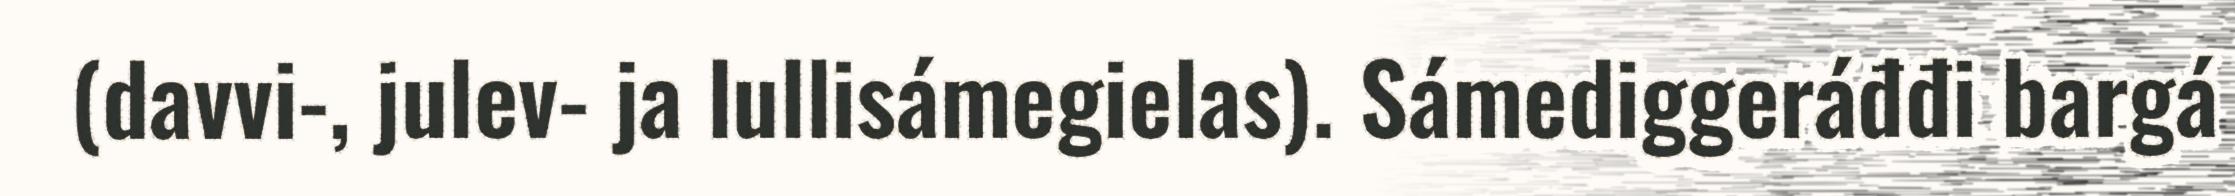
(davvi-, julev- ja lullisámegielas). Sámediggeráđđi bargá